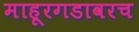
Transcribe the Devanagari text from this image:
माहूरगडावरच